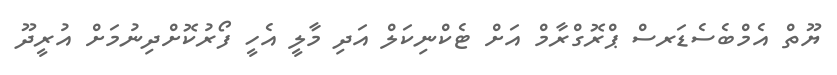
ޔޫތް އެމްބެސެޑަރސް ޕްރޮގްރާމް އަށް ޓެކްނިކަލް އަދި މާލީ އެހީ ފޯރުކޮށްދިނުމަށް އުރީދޫ